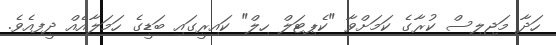
ހަދާ މަޖިލިސް ކުރާގެ ކަމަށްވާ "ކެޕިޓަލް ހިލް" ކައިރީގައި ބަޑީގެ ހަމަލާއެއް ދީފިއެވެ.